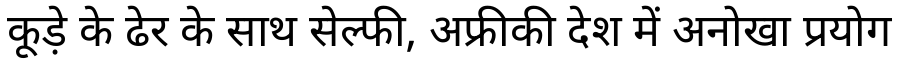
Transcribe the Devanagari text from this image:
कूड़े के ढेर के साथ सेल्फी, अफ्रीकी देश में अनोखा प्रयोग